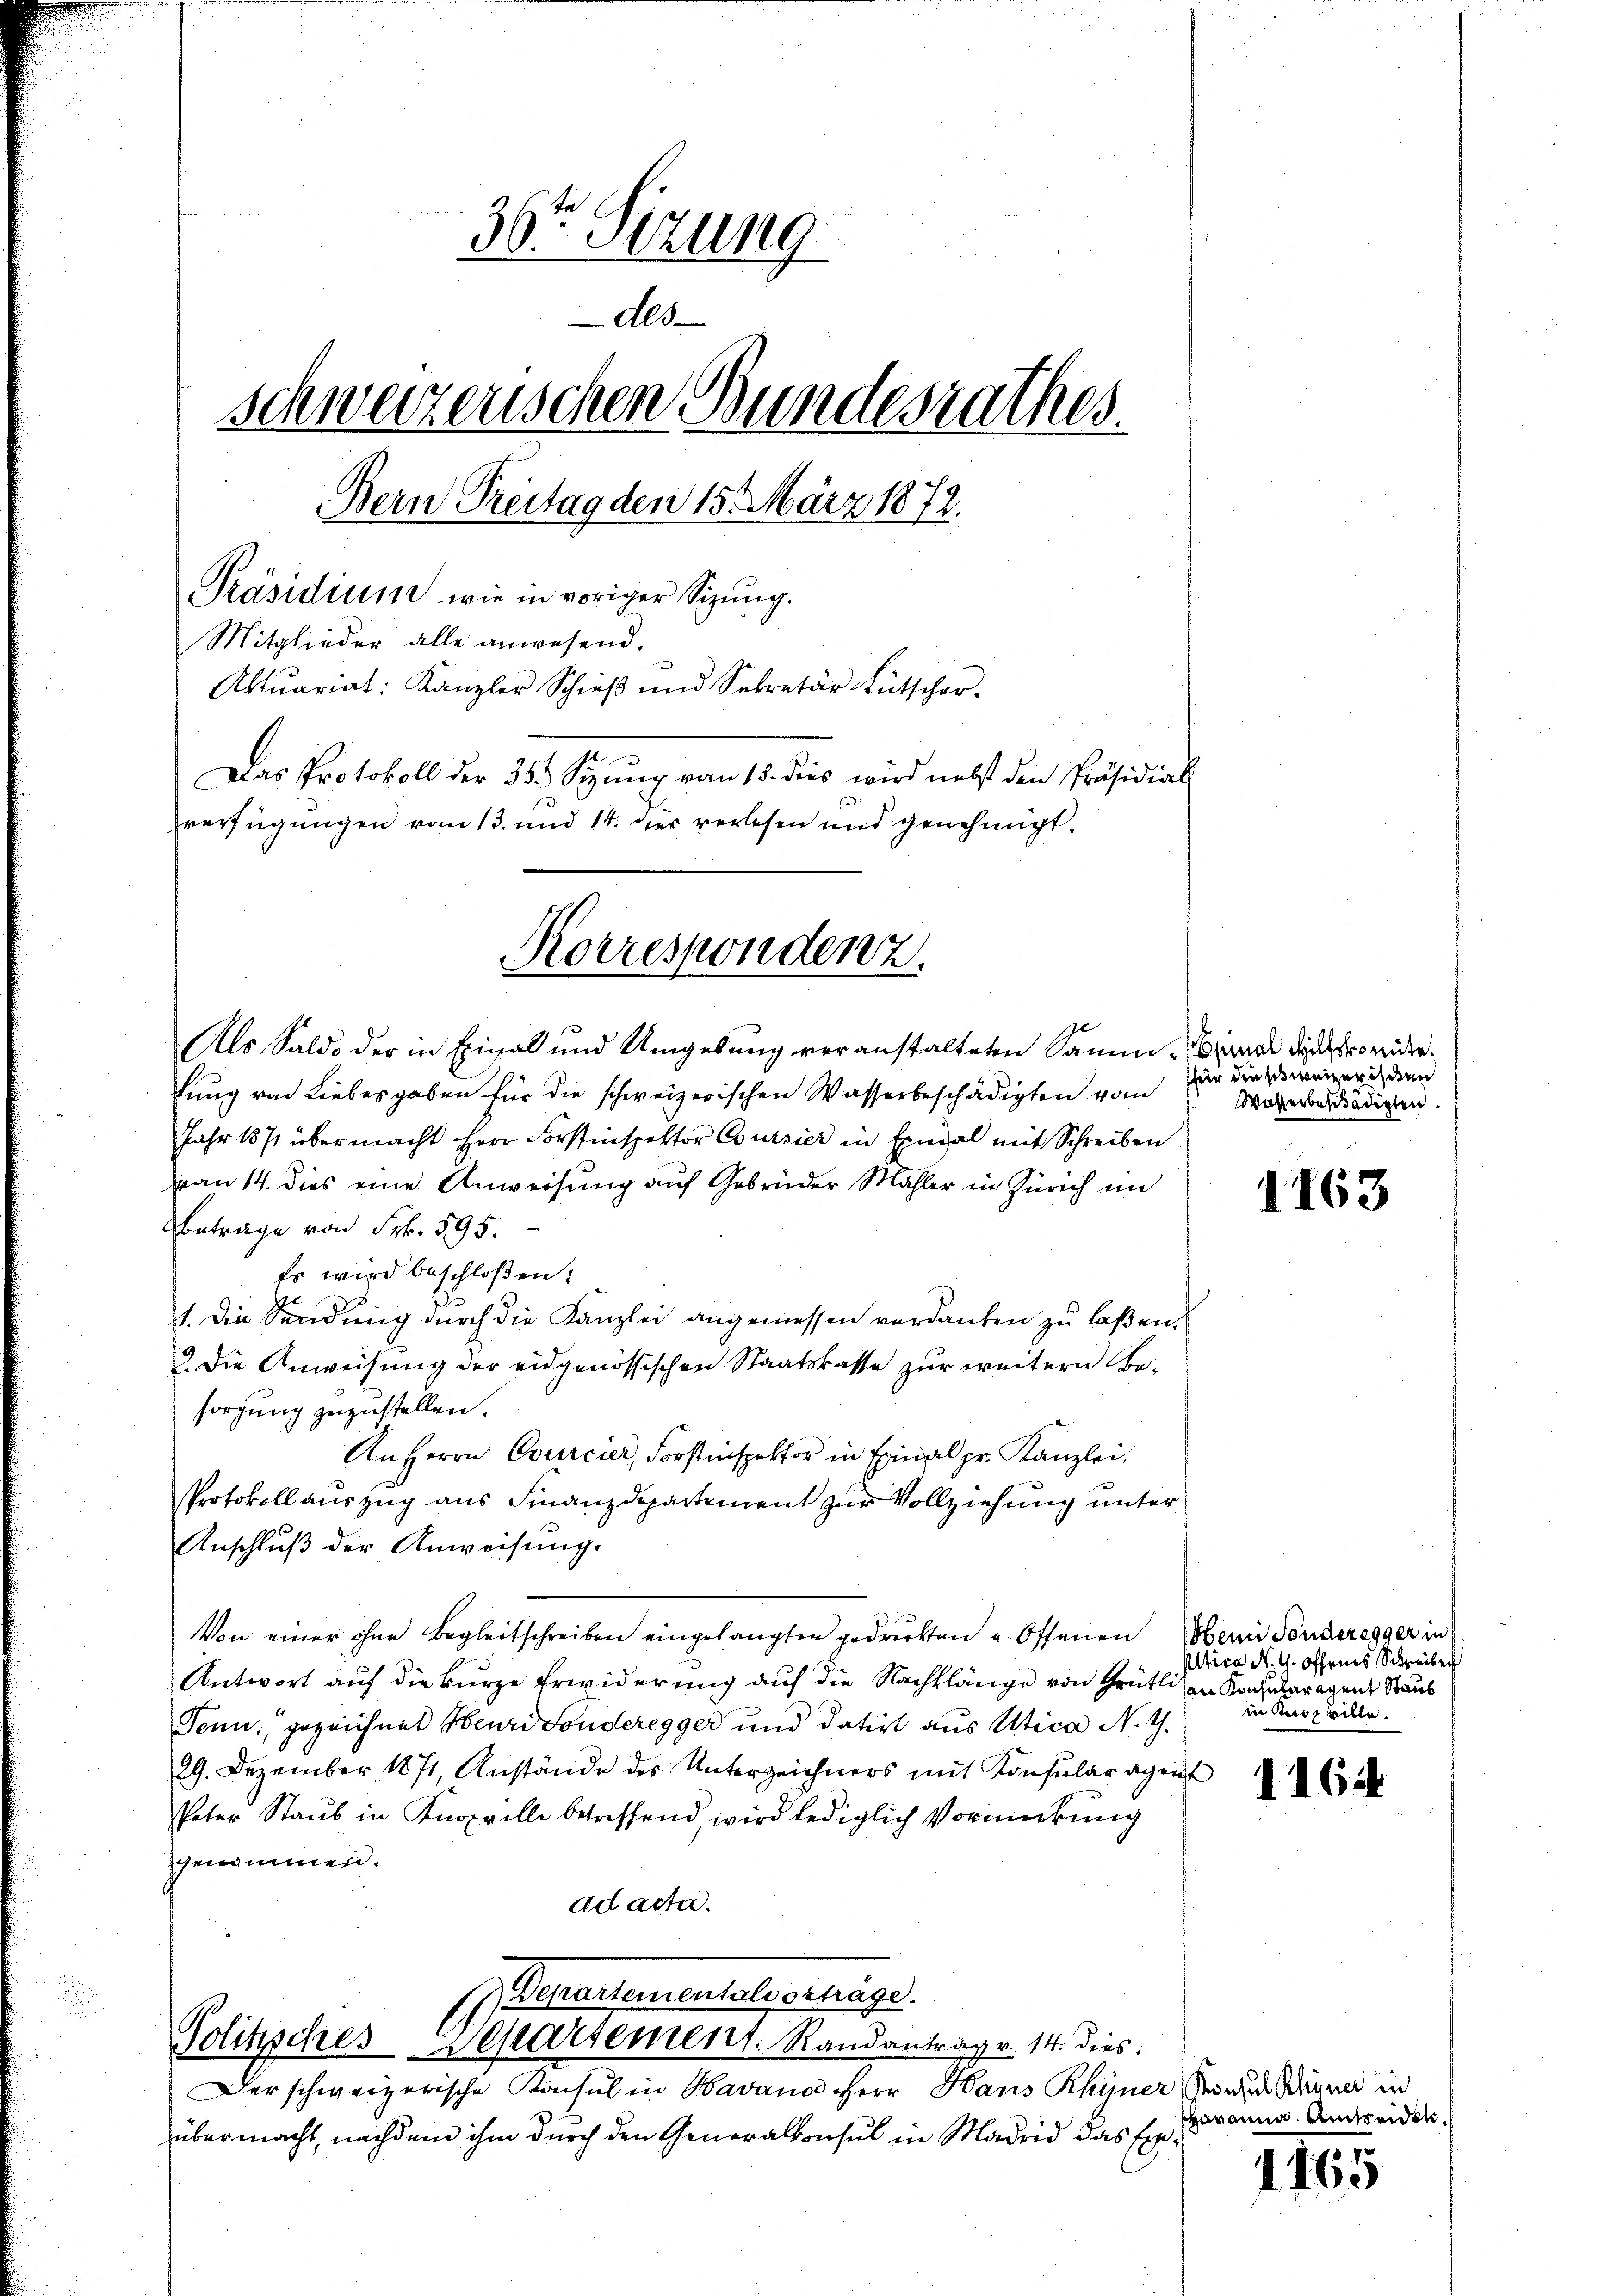
36ten Sizung
Als
schwerzenschen Bundesrathes.
Bern Treitag den 15. März 1872.
Präsidium wie in voriger Sitzung.
Mitglieder alle anwesend.
Aktuariat: Kanzler Schieβ ŭnd Sekretär Lütscher.
Das Protokoll der 35. Sitzung vom 15. dies wird nebst den Präsidial
verfügungen vom 13. und 14. des verlesen und genehmigt.

Als Saldo der in Einal und Umgebung veranstalteten Samm-Canal discheiderlung von Liebesgaben für die schweizerischen Wasserbeschädigten vom für dies weiger ich den
Jahr 1871 übermacht Herr Forstinspektor Cursier in Exegal mit Schreiben
an 14. dies eine Anweisung auf Gebrüder Mahler in Zürich im
Betrage von Frk. 595.
Es wird beschloßen:
1. Die Sendung durch die Kanzlei angemessen verdanken zu laßen.
3. Die Anweisung der eidgenössischen Staatskasse zur weitern Be-
sorgung zuzustellen.
An Herrn Courcier, Forstinspektor in Exinal pr. Kanzlei,
Protokoll auszug aus Finanzdepartement zur Vollziehung unter
Anschluß der Anweisung.
Von einer ohne Begleitschreiben eingelangten gedruckten " Offenen Bern Sonderegger in
Antwort auf die kurze Erwiderung auf die Nachklänge von Grütli von Konsularagent Staub
Tenn, gezeichnet Heuri Sonderegger und datirt aus Utica N. Z.
29. Dezember 1871, Anstände des Unterzeichners mit Konsular agent
Peter Staub in Knoppelle betreffend, wird lediglich Vormerkung
zgenommen.
ad acte.

Korrespondenz.

( Departementals ernage.
Politisches Deparsement. Randantrag v. 14. dies
Der schweizerische Konsul in Havano Herr Haus Rhyner Zeigen Miner in

übermacht, nachdem ihm durch den Generalkonsul in Madrid das Er¬

Wasserbeschädigten.

1163

pltica N. t. Offenes Schreiber
in Rusz wille.

1164

Havanna. Amtseidet

1165